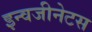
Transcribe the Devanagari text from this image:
इन्वजीनेटस